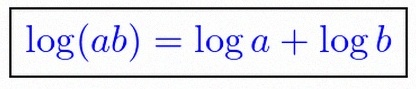
\log(ab)=\log a+\log b